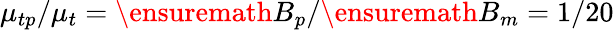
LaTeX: \mu_{tp}/\mu_{t}=\ensuremath{B_{p}}/\ensuremath{B_{m}}=1/20